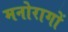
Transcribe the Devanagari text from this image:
मनोरागों